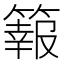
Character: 𥴆